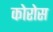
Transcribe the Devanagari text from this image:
कोरोस